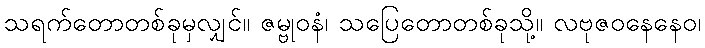
သရက်တောတစ်ခုမှလျှင်။ ဇမ္ဗုဝနံ၊ သပြေတောတစ်ခုသို့။ လဗုဇဝနေနေဝ၊